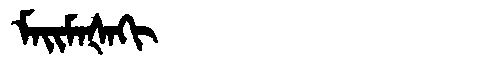
Manchu: ᠮᠠᡳᠮᠠᡧᠠᡴᡳ
Romanization: MAIMAŠAKI